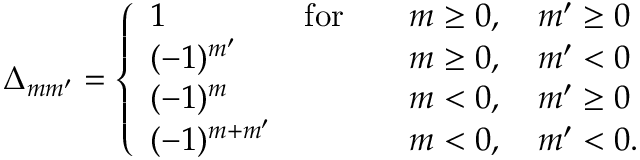
\Delta _ { m m ^ { \prime } } = \left\{ \begin{array} { l l l } { 1 \quad \quad } & { \mathrm { f o r } } & { \quad m \geq 0 , \quad m ^ { \prime } \geq 0 } \\ { ( - 1 ) ^ { m ^ { \prime } } } & & { \quad m \geq 0 , \quad m ^ { \prime } < 0 } \\ { ( - 1 ) ^ { m } } & & { \quad m < 0 , \quad m ^ { \prime } \geq 0 } \\ { ( - 1 ) ^ { m + m ^ { \prime } } } & & { \quad m < 0 , \quad m ^ { \prime } < 0 . } \end{array} \right.